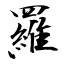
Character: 羅